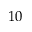
1 0